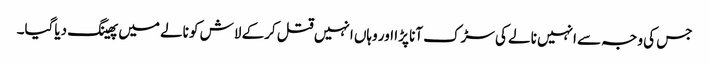
جس کی وجہ سے انہیں نالے کی سڑک آنا پڑا اور وہاں انہیں قتل کرکے لاش کو نالے میں پھینگ دیاگیا۔